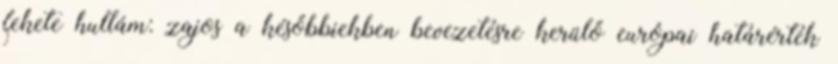
fekete hullám: zajos a későbbiekben bevezetésre kerülő európai határérték